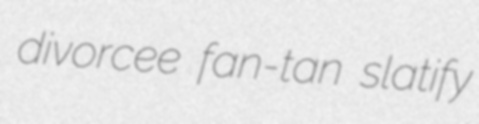
divorcee fan-tan slatify